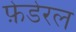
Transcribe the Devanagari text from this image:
फ़ेडेरल